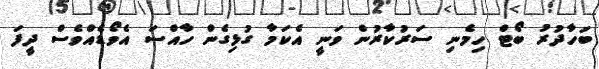
ބަހާދުރު ބޯޓް ހިމެނި ސަރުކާރުން ވަނީ އެކަމާ ގުޅިގެން ހާއްސަ އެވޯޑެއްވެސް ދީފަ